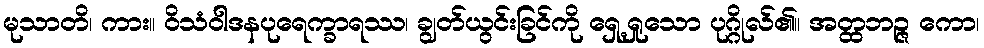
မုသာတိ၊ ကား။ ဝိသံဝါဒနပုရေက္ခာရဿ၊ ချွတ်ယွင်းခြင်ကို ရှေ့ရှုသော ပုဂ္ဂိုလ်၏။ အတ္ထဘဉ္ဇ ကော၊